system: You are a helpful assistant.
user:
Analyze the provided spectrum to determine if it is a **"Cataclysmic Variables (CV)"**.

- **Key Indicators for CV (Check for either state):**
    - **State 1: Quiescent / Low-State (Emission-Dominated)**
        - **(Primary):** Strong and *very broad* Hydrogen Balmer emission lines (e.g., $H\alpha$ at 6563 Å, $H\beta$ at 4861 Å). The 'broadness' (high velocity dispersion, often FWHM > 1000 km/s) is the key diagnostic, indicating a high-velocity accretion disk.
        - **(Secondary):** Broad neutral Helium (He I) emission lines (e.g., 5876 Å, 6678 Å).
        - **(Key Confirmation):** Presence of high-excitation *ionized* Helium (He II) emission at 4686 Å. This is a strong indicator of accretion onto a white dwarf.
        - **(Line Profile):** Emission lines may exhibit a 'double-peaked' profile, which is a classic signature of a rotating accretion disk viewed at high inclination.

    - **State 2: Outburst / High-State (Absorption-Dominated)**
        - **(Primary):** Spectrum is dominated by a bright, blue continuum (looks like a hot star).
        - **(Secondary):** The emission lines from State 1 are weak, absent, or 'filled in', and are replaced by broad, shallow *absorption* lines (primarily Balmer and He I).
        - **(Morphology):** The overall spectrum mimics a hot B/A-type star. The crucial difference is that the absorption lines are significantly broader, shallower, and more 'washed-out' (or 'smeared') than the sharp lines of a normal stellar photosphere, due to high rotational speeds and pressure broadening in the disk.

Think first, call **spectral_visualization_tool** if needed to examine features in detail, then provide your final answer. Your response must adhere to the following strict rules:
1.  **Overall Structure:** Your response must follow the format `<think>...</think> <tool_call>...</tool_call> (if a tool is used) <answer>...</answer>`.
2.  **Tool Usage Constraint:** You may only make **one** tool call per turn.
3.  **Final Answer Format:** In the `<answer>` tag, your conclusion must be inside a `\boxed{}` command (e.g., `\boxed{YES}`), followed by your justification.

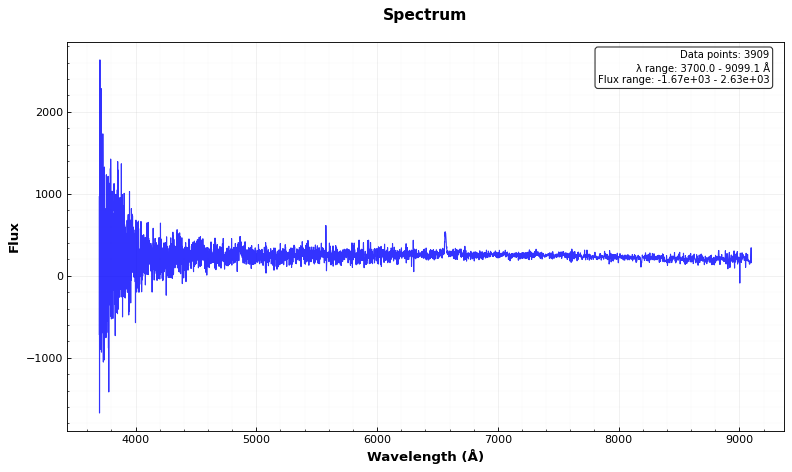
Answer: YES